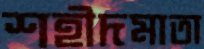
শহীদমাতা